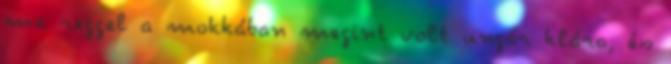
ma reggel a mokkában megint volt ungár klára, és